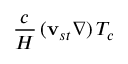
\frac { c } { H } \, ( \mathbf { v } _ { s t } \nabla ) \, T _ { c }